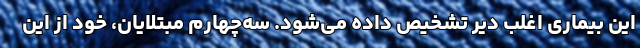
این بیماری اغلب دیر تشخیص داده می‌شود. سه‌چهارم مبتلایان، خود از این